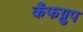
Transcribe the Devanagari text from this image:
कँफग्रुप